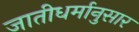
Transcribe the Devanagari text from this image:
जातीधर्मानुसार